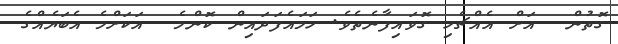
ގޮތުން  އަށް އެއްޗެހި ގޮވައިފާނެތެވެ. ހަމައެފަދައިން ކޮންމެ  އަކަށްމެ އެބަޔެއްގެ